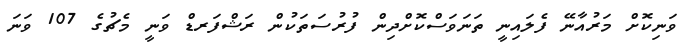
ވަނިކޮށް މަރުއާނޭ ފެލައިނީ ތަނަވަސްކޮށްދިން ފުރުސަތަކުން ރަޝްފަރޑް ވަނީ މެޗުގެ 107 ވަނަ